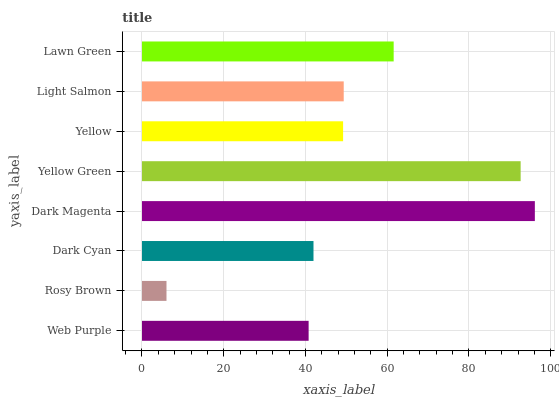
| yaxis_label | bars |
 | --- | --- |
 | Web Purple | 40.8 |
 | Rosy Brown | 5.99 |
 | Dark Cyan | 42 |
 | Dark Magenta | 96.1 |
 | Yellow Green | 92.6 |
 | Yellow | 49.2 |
 | Light Salmon | 49.4 |
 | Lawn Green | 61.6 |